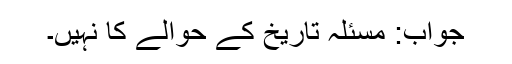
جواب: مسئلہ تاریخ کے حوالے کا نہیں۔